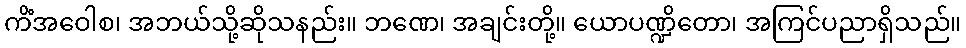
ကိံအဝေါစ၊ အဘယ်သို့ဆိုသနည်း။ ဘဏေ၊ အချင်းတို့။ ယောပဏ္ဍိတော၊ အကြင်ပညာရှိသည်။